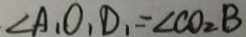
\angle A _ { 1 } O , D _ { 1 } = \angle C O _ { 2 } B